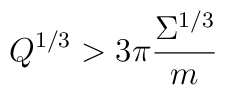
Q^{1/3}>3\pi \frac{\Sigma ^{1/3}}m